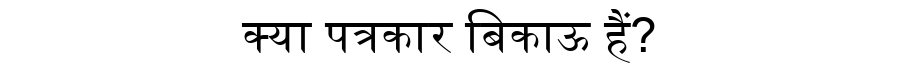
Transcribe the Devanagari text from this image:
क्या पत्रकार बिकाऊ हैं?